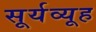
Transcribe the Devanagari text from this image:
सूर्यव्यूह